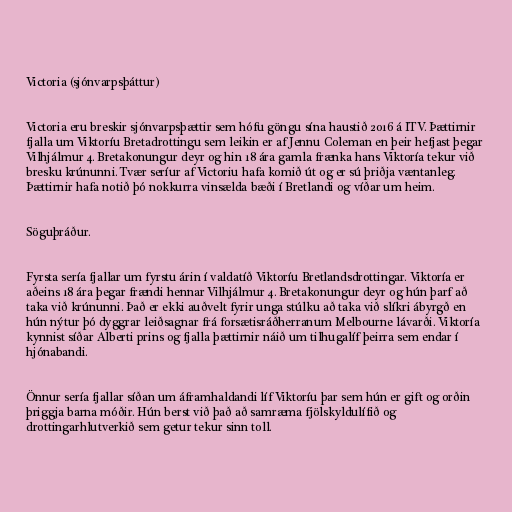
Victoria (sjónvarpsþáttur)

Victoria eru breskir sjónvarpsþættir sem hófu göngu sína haustið 2016 á ITV. Þættirnir
fjalla um Viktoríu Bretadrottingu sem leikin er af Jennu Coleman en þeir hefjast þegar
Vilhjálmur 4. Bretakonungur deyr og hin 18 ára gamla frænka hans Viktoría tekur við
bresku krúnunni. Tvær seríur af Victoriu hafa komið út og er sú þriðja væntanleg.
Þættirnir hafa notið þó nokkurra vinsælda bæði í Bretlandi og víðar um heim.

Söguþráður.

Fyrsta sería fjallar um fyrstu árin í valdatíð Viktoríu Bretlandsdrottingar. Viktoría er
aðeins 18 ára þegar frændi hennar Vilhjálmur 4. Bretakonungur deyr og hún þarf að
taka við krúnunni. Það er ekki auðvelt fyrir unga stúlku að taka við slíkri ábyrgð en
hún nýtur þó dyggrar leiðsagnar frá forsætisráðherranum Melbourne lávarði. Viktoría
kynnist síðar Alberti prins og fjalla þættirnir náið um tilhugalíf þeirra sem endar í
hjónabandi.

Önnur sería fjallar síðan um áframhaldandi líf Viktoríu þar sem hún er gift og orðin
þriggja barna móðir. Hún berst við það að samræma fjölskyldulífið og
drottingarhlutverkið sem getur tekur sinn toll.